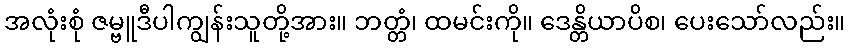
အလုံးစုံ ဇမ္ဗူဒီပါကျွန်းသူတို့အား။ ဘတ္တံ၊ ထမင်းကို။ ဒေန္တိယာပိစ၊ ပေးသော်လည်း။